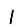
Digit: 1